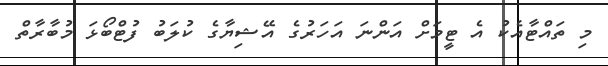
މި ތައްޓާއެކު އެ ޓީމަށް އަންނަ އަހަރުގެ އޭޝިޔާގެ ކުލަބު ފުޓްބޯޅަ މުބާރާތް